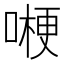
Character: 𠼰